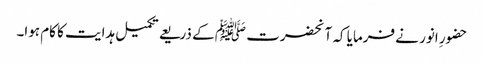
حضورِ انور نے فرمایا کہ آنحضرت ﷺ کے ذریعے تکمیل ہدایت کا کام ہوا۔